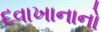
દવાખાનાનો